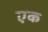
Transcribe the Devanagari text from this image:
एक